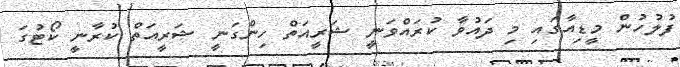
ފުލުހުން މީޑިއާގައި މި ދައުވާ ކުރައްވަނީ ޝަރީއަތް ހިންގަނީ ޝަރީއަތް ކުރާނީ ކޯޓުގަ